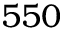
5 5 0